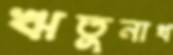
ঋতুনাথ